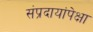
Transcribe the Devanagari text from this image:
संप्रदायांपेक्षा